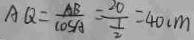
A Q = \frac { A B } { \cos A } = \frac { 2 0 } { \frac { 1 } { 2 } } = 4 0 c m